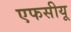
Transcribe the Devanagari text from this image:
एफसीयू